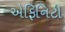
એફિનિટી